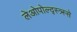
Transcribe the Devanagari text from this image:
लेओपोल्द्स्त्र्स्से